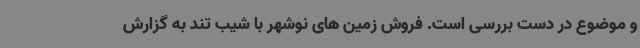
و موضوع در دست بررسی است. فروش زمین های نوشهر با شیب تند به گزارش